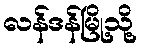
လန်ဒန်မြို့သို့